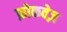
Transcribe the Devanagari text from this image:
फ़ोकवेज़